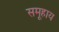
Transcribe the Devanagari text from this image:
समूहाय